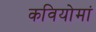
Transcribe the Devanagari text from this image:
कवियोमां